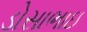
ડોસાભાઇ